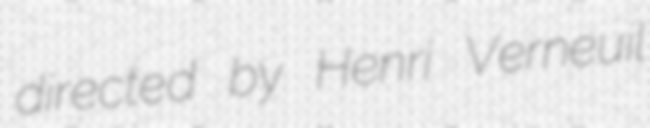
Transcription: directed by Henri Verneuil